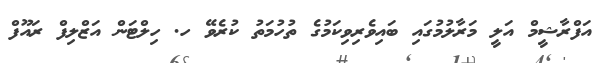
އަފްރާޝީމް އަލީ މަރާލުމުގައި ބައިވެރިވިކަމުގެ ތުހުމަތު ކުރެވޭ ހ. ހިލްޓަން އަޒްލިފް ރައޫފް